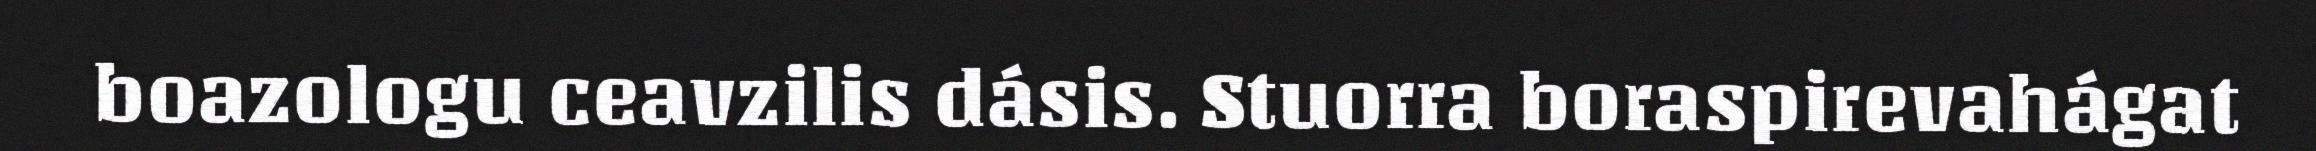
boazologu ceavzilis dásis. Stuorra boraspirevahágat